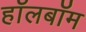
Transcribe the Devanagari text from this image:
हॉलबॉम